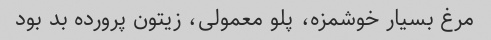
مرغ بسیار خوشمزه، پلو معمولی، زیتون پرورده بد بود